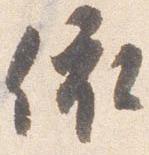
依